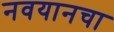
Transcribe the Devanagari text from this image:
नवयानचा